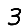
Digit: 3